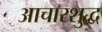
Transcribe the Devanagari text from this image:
आचारशुद्ध